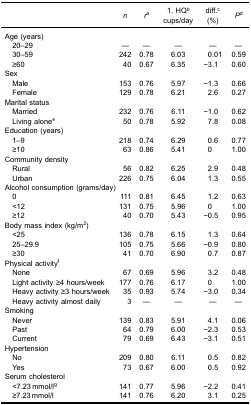
<table><thead><tr><td><b> </b></td><td><b><i>n</i></b></td><td><b><i>r</i><sup>a</sup></b></td><td><b>1. HQ<sup>b</sup>cups/day</b></td><td><b>diff.<sup>c</sup>(%)</b></td><td><b><i>P</i><sup>d</sup></b></td></tr></thead><tbody><tr><td>Age (years)</td><td> </td><td> </td><td> </td><td> </td><td> </td></tr><tr><td> 20–29</td><td>—</td><td>—</td><td>—</td><td>—</td><td>—</td></tr><tr><td> 30–59</td><td>242</td><td>0.78</td><td>6.03</td><td>0.01</td><td>0.59</td></tr><tr><td> ≥60</td><td>40</td><td>0.67</td><td>6.35</td><td>−3.1</td><td>0.60</td></tr><tr><td>Sex</td><td> </td><td> </td><td> </td><td> </td><td> </td></tr><tr><td> Male</td><td>153</td><td>0.76</td><td>5.97</td><td>−1.3</td><td>0.66</td></tr><tr><td> Female</td><td>129</td><td>0.78</td><td>6.21</td><td>2.6</td><td>0.27</td></tr><tr><td>Marital status</td><td> </td><td> </td><td> </td><td> </td><td> </td></tr><tr><td> Married</td><td>232</td><td>0.76</td><td>6.11</td><td>−1.0</td><td>0.62</td></tr><tr><td> Living alone<sup>e</sup></td><td>50</td><td>0.78</td><td>5.92</td><td>7.8</td><td>0.08</td></tr><tr><td>Education (years)</td><td> </td><td> </td><td> </td><td> </td><td> </td></tr><tr><td> 1–9</td><td>218</td><td>0.74</td><td>6.29</td><td>0.6</td><td>0.77</td></tr><tr><td> ≥10</td><td>63</td><td>0.86</td><td>5.41</td><td>0</td><td>1.00</td></tr><tr><td>Community density</td><td> </td><td> </td><td> </td><td> </td><td> </td></tr><tr><td> Rural</td><td>56</td><td>0.82</td><td>6.25</td><td>2.9</td><td>0.48</td></tr><tr><td> Urban</td><td>226</td><td>0.75</td><td>6.04</td><td>1.3</td><td>0.55</td></tr><tr><td colspan="2">Alcohol consumption (grams/day)</td><td> </td><td> </td><td> </td><td> </td></tr><tr><td> 0</td><td>111</td><td>0.81</td><td>6.45</td><td>1.2</td><td>0.63</td></tr><tr><td> &lt;12</td><td>131</td><td>0.75</td><td>5.96</td><td>0</td><td>1.00</td></tr><tr><td> ≥12</td><td>40</td><td>0.70</td><td>5.43</td><td>−0.5</td><td>0.95</td></tr><tr><td>Body mass index (kg/m<sup>2</sup>)</td><td> </td><td> </td><td> </td><td> </td><td> </td></tr><tr><td> &lt;25</td><td>136</td><td>0.78</td><td>6.15</td><td>1.3</td><td>0.64</td></tr><tr><td> 25–29.9</td><td>105</td><td>0.75</td><td>5.66</td><td>−0.9</td><td>0.80</td></tr><tr><td> ≥30</td><td>41</td><td>0.70</td><td>6.90</td><td>0.7</td><td>0.87</td></tr><tr><td>Physical activity<sup>f</sup></td><td> </td><td> </td><td> </td><td> </td><td> </td></tr><tr><td> None</td><td>67</td><td>0.69</td><td>5.96</td><td>3.2</td><td>0.48</td></tr><tr><td> Light activity ≥4 hours/week</td><td>177</td><td>0.76</td><td>6.17</td><td>0</td><td>1.00</td></tr><tr><td> Heavy activity ≥3 hours/week</td><td>35</td><td>0.93</td><td>5.74</td><td>−3.0</td><td>0.34</td></tr><tr><td> Heavy activity almost daily</td><td>3</td><td>—</td><td>—</td><td>—</td><td>—</td></tr><tr><td>Smoking</td><td> </td><td> </td><td> </td><td> </td><td> </td></tr><tr><td> Never</td><td>139</td><td>0.83</td><td>5.91</td><td>4.1</td><td>0.06</td></tr><tr><td> Past</td><td>64</td><td>0.79</td><td>6.00</td><td>−2.3</td><td>0.53</td></tr><tr><td> Current</td><td>79</td><td>0.69</td><td>6.43</td><td>−3.1</td><td>0.51</td></tr><tr><td>Hypertension</td><td> </td><td> </td><td> </td><td> </td><td> </td></tr><tr><td> No</td><td>209</td><td>0.80</td><td>6.11</td><td>0.5</td><td>0.82</td></tr><tr><td> Yes</td><td>73</td><td>0.67</td><td>6.00</td><td>0.5</td><td>0.92</td></tr><tr><td>Serum cholesterol</td><td> </td><td> </td><td> </td><td> </td><td> </td></tr><tr><td> &lt;7.23 mmol/l<sup>g</sup></td><td>141</td><td>0.77</td><td>5.96</td><td>−2.2</td><td>0.41</td></tr><tr><td> ≥7.23 mmol/l</td><td>141</td><td>0.76</td><td>6.20</td><td>3.1</td><td>0.25</td></tr></tbody></table>